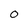
Character: 0